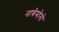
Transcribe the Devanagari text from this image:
नाबेमोनो